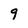
Character: 9